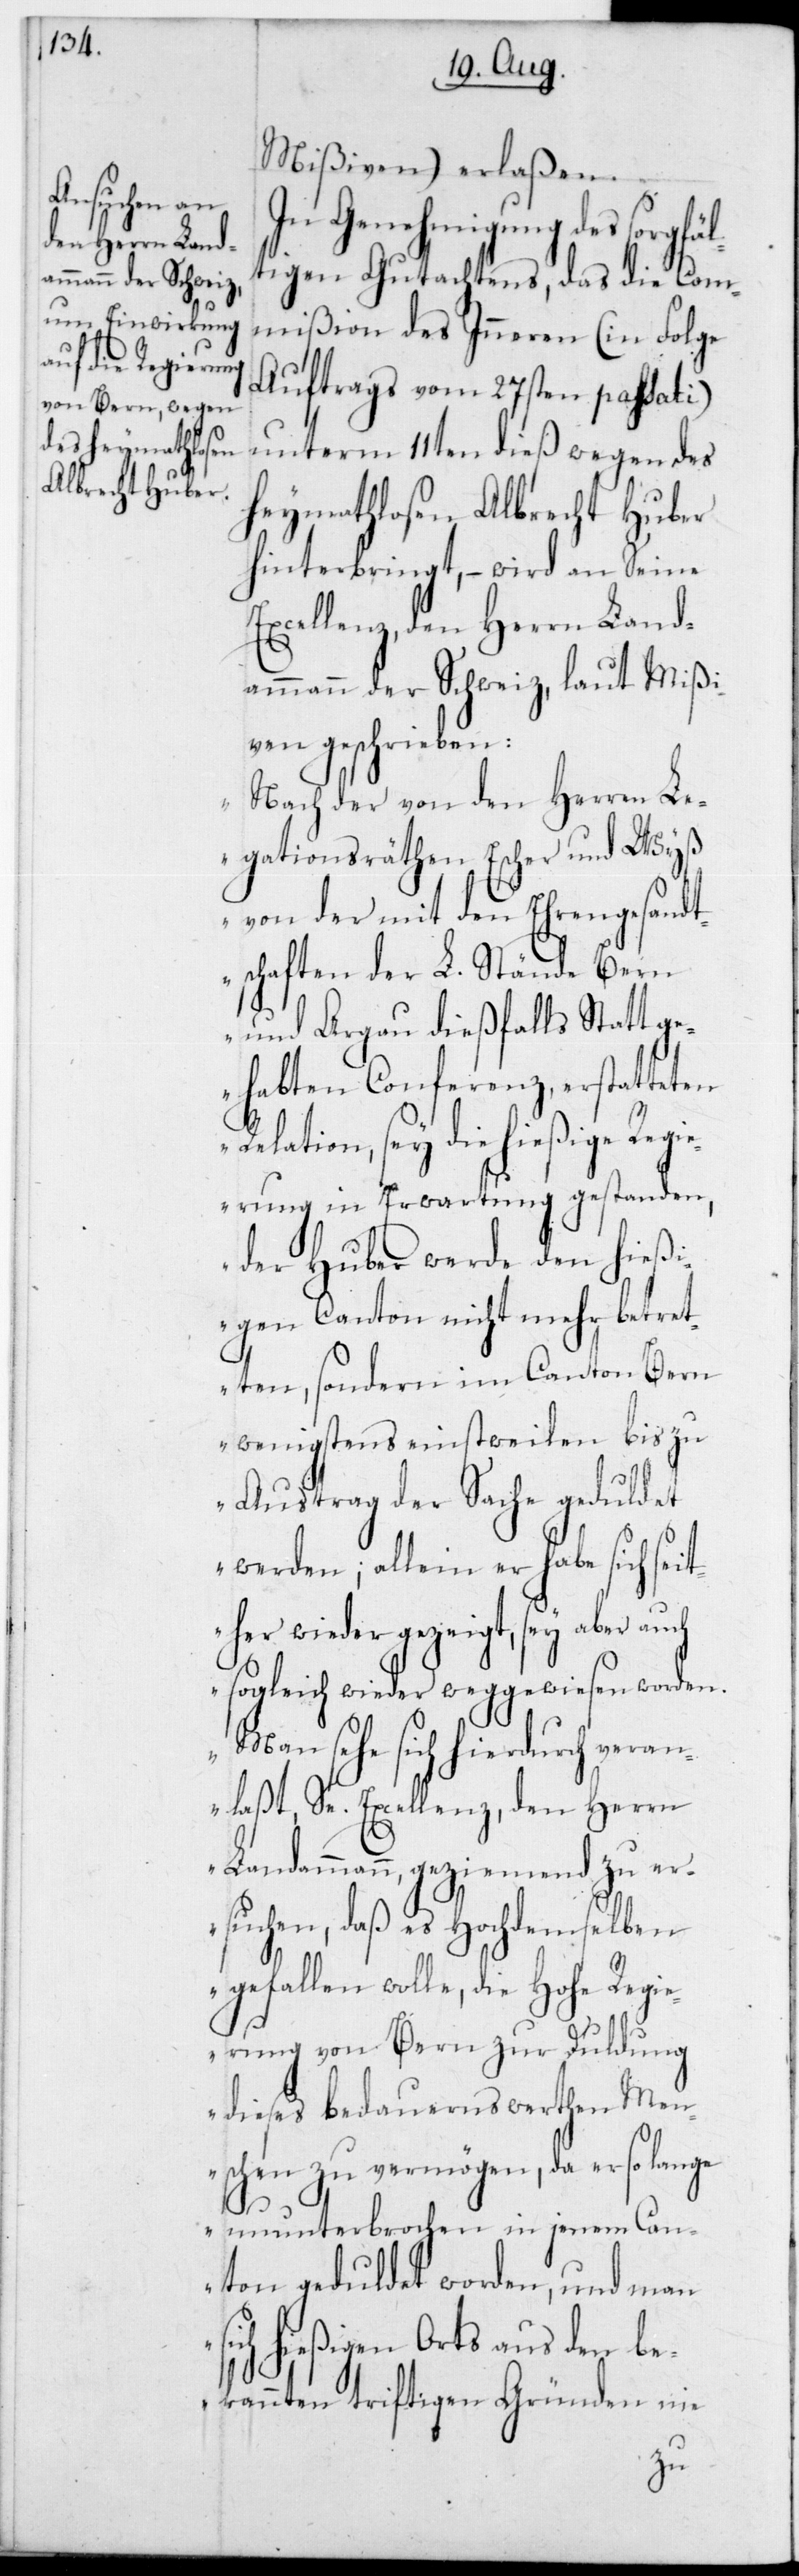
Mißiven) erlaßen.
In Genehmigung des sorgfäl¬
tigen Gutachtens, das die Com¬
mißion des Inneren (in Folge
Auftrags vom 27sten passati)
unterm 11ten dieß wegen des
Heymathlosen Albrecht Huber
hinterbringt, – wird an Seine
Excellenz,den Herrn Land¬
ammann der Schweiz, laut Mißi¬
ven geschrieben:
„Nach der von den Herren Le¬
gationsräthen Escher und Wyß
von der mit den Ehrengesandt¬
schaften der L. Stände Bern
und Argau dießfalls statt ge¬
habten Conferenz, erstatteten
Relation, sey die hießige Reg¬
ierung in Erwartung gestanden,
der Huber werde den hießi¬
gen Canton nicht mehr betret¬
ten, sondern im Canton Bern
wenigstens einstweilen bis zu
Austrag der Sache geduldet
werden; allein er habe sich seit¬
her wieder gezeigt, sey aber auch
sogleich wieder weggewiesen worden.
Man sehe sich hierdurch veran¬
laßt, Se. Excellenz,den Herrn
Landammann geziemend zu er¬
suchen, daß es Hochdemselben
gefallen wolle, die Hohe Regi¬
erung von Bern zur Duldung
dieses bedauernswerthen Men¬
schen zu vermögen, da er so lange
ununterbrochen in jenem Can¬
ton geduldet worden, und man
sich hießigen Orts aus den be¬
kannten triftigen Gründen nie